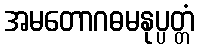
အမတောဂဓမနုပ္ပတ္တံ